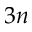
3 n